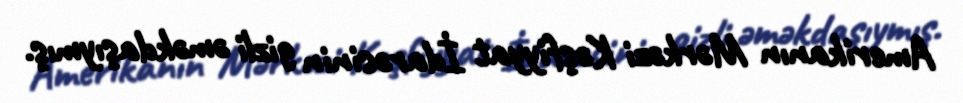
Amerikanın Mərkəzi Kəşfiyyat İdarəsinin gizli əməkdaşıymış.